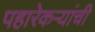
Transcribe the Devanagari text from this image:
पहारेकऱ्यांची